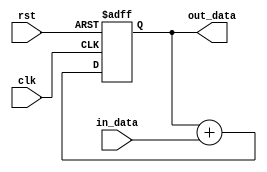
module ArithmeticPipeline(
    input clk,                  // Clock input
    input rst,                  // Reset input
    input [31:0] in_data,       // Input data
    output [31:0] out_data      // Output data
);

reg [31:0] accumulator;        // Accumulator register

always @(posedge clk or posedge rst) begin
    if (rst) begin
        accumulator <= 0;      // Reset accumulator
    end else begin
        // Perform arithmetic operation (for example, addition)
        accumulator <= accumulator + in_data;
    end
end

assign out_data = accumulator;  // Assign output data to accumulator

endmodule